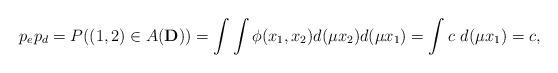
LaTeX: \begin{align*}p_ep_d=P((1,2)\in A(\mathbf{D}))=\int \int \phi(x_1,x_2)d(\mu x_2)d(\mu x_1)=\int c\ d(\mu x_1)=c,\end{align*}